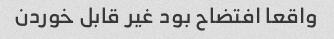
واقعا افتضاح بود غیر قابل خوردن